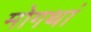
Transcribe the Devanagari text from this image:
मोगथां